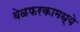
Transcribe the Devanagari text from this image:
वेळफरकामध्ये